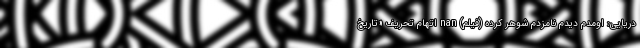
دریایی: اومدم دیدم نامزدم شوهر کرده (فیلم) nan اتهام تحریف «تاریخ